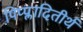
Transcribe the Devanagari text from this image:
पिप्प्लादितीर्थ